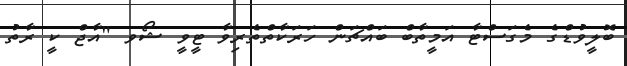
ބޮލީވުޑްގެ މެގަސްޓާ އަމީތާބް ބައްޗަން ހަރަކާތްތެރިވާ ޓީވީ ޝޯވ "އާޖް ކީ ރާތު